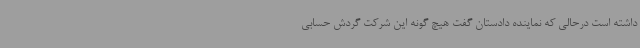
داشته است درحالی که نماینده دادستان گفت هیچ گونه این شرکت گردش حسابی